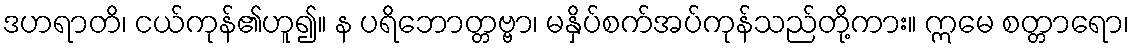
ဒဟရာတိ၊ ငယ်ကုန်၏ဟူ၍။ န ပရိဘောတ္တဗ္ဗာ၊ မနှိပ်စက်အပ်ကုန်သည်တို့ကား။ ဣမေ စတ္တာရော၊